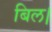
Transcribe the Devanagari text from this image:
बिल।